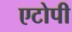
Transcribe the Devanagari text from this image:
एटोपी